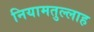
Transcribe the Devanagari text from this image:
नियामतुल्लाह